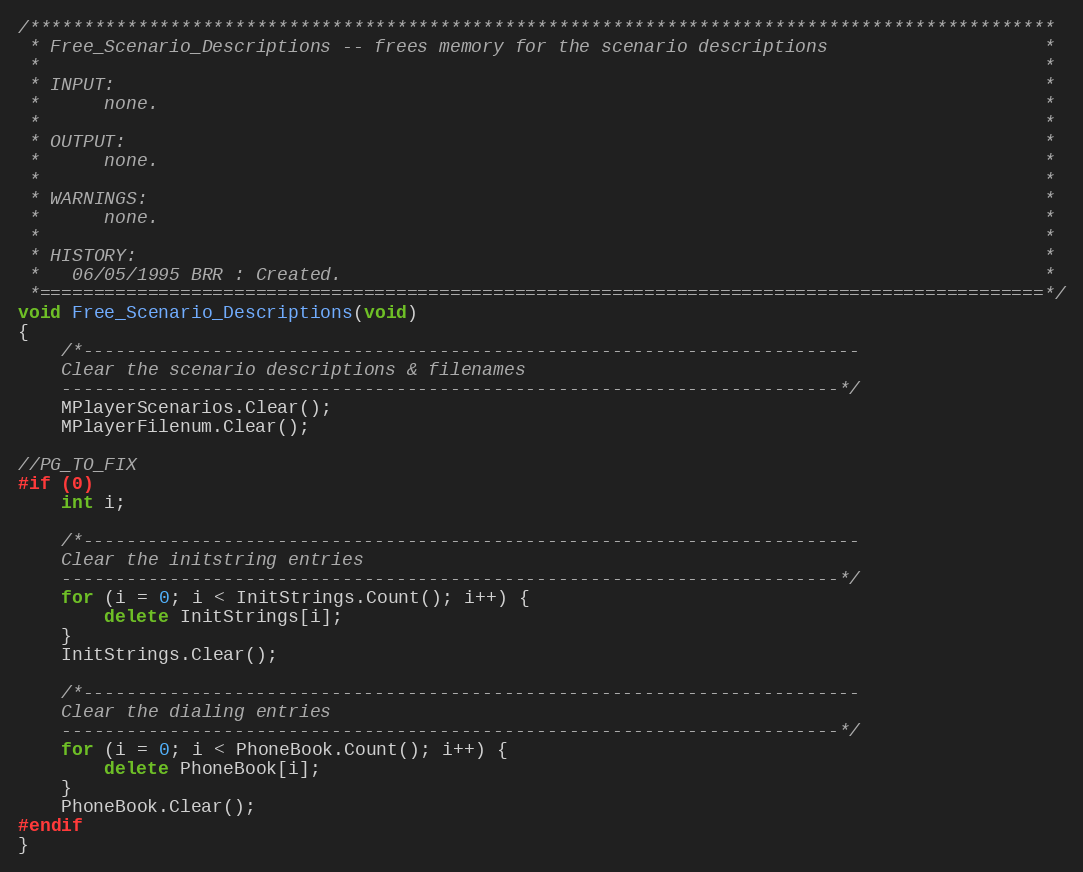
Language: C++
/***********************************************************************************************
 * Free_Scenario_Descriptions -- frees memory for the scenario descriptions                    *
 *                                                                                             *
 * INPUT:                                                                                      *
 *      none.                                                                                  *
 *                                                                                             *
 * OUTPUT:                                                                                     *
 *      none.                                                                                  *
 *                                                                                             *
 * WARNINGS:                                                                                   *
 *      none.                                                                                  *
 *                                                                                             *
 * HISTORY:                                                                                    *
 *   06/05/1995 BRR : Created.                                                                 *
 *=============================================================================================*/
void Free_Scenario_Descriptions(void)
{
	/*------------------------------------------------------------------------
	Clear the scenario descriptions & filenames
	------------------------------------------------------------------------*/
	MPlayerScenarios.Clear();
	MPlayerFilenum.Clear();

//PG_TO_FIX
#if (0)
	int i;

	/*------------------------------------------------------------------------
	Clear the initstring entries
	------------------------------------------------------------------------*/
	for (i = 0; i < InitStrings.Count(); i++) {
		delete InitStrings[i];
	}
	InitStrings.Clear();

	/*------------------------------------------------------------------------
	Clear the dialing entries
	------------------------------------------------------------------------*/
	for (i = 0; i < PhoneBook.Count(); i++) {
		delete PhoneBook[i];
	}
	PhoneBook.Clear();
#endif
}